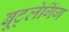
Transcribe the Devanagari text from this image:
बूट्लेगिंग